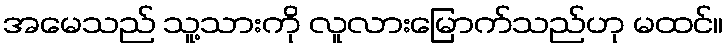
အမေသည် သူ့သားကို လူလားမြောက်သည်ဟု မထင်။